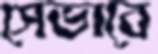
সেভাবে